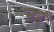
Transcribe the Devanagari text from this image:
भईं